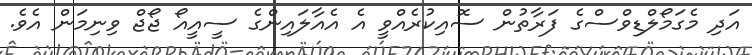
އަދި މެގަމޯލްޑިވްސްގެ ފަރާތުން ސޮއިކުރެއްވީ އެ އެއާލައިންގެ ސީއީއޯ ޖޯޖް ވިނިމަން އެވެ.